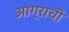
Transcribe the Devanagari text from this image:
आग्राची